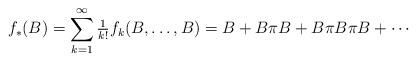
LaTeX: \begin{align*}f_{*}(B) = \sum_{k=1}^{\infty}\tfrac{1}{k!}f_{k}(B,\ldots, B) = B + B\pi B + B\pi B \pi B + \cdots\end{align*}